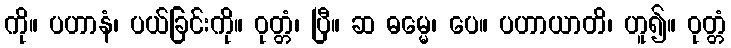
ကို။ ပဟာနံ၊ ပယ်ခြင်းကို။ ဝုတ္တံ၊ ပြီ။ ဆ ဓမ္မေ၊ ပေ။ ပဟာယာတိ၊ ဟူ၍။ ဝုတ္တံ